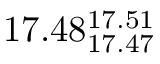
1 7 . 4 8 _ { 1 7 . 4 7 } ^ { 1 7 . 5 1 }